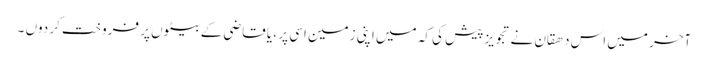
آخر میں اس دھقان نے تجویز پیش کی کہ میں اپنی زمین اسی پر ، یا قاضی کے بیٹوں پر فروخت کر دوں ۔